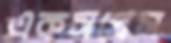
একসপ্রেস